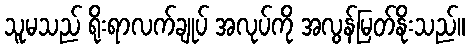
သူမသည် ရိုးရာလက်ချုပ် အလုပ်ကို အလွန်မြတ်နိုးသည်။